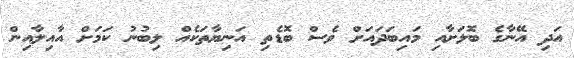
އަދި އޭނާގެ ބޮލަށާއި މައިބަދައަށް ވެސް ބޮޑެތި އަނިޔާތަކެއް ލިބުނު ކަމަށް އާއިލާއިން